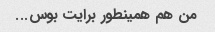
من هم همینطور برایت بوس...